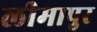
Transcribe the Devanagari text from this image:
लीमापुर